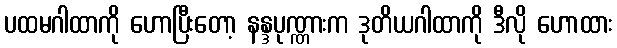
ပထမဂါထာကို ဟောပြီးတော့ နန္ဒပုဏ္ဏားက ဒုတိယဂါထာကို ဒီလို ဟောထား